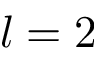
l = 2